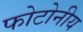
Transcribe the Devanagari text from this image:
फोटोनीय